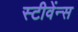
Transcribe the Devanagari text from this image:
स्टीवेंन्स